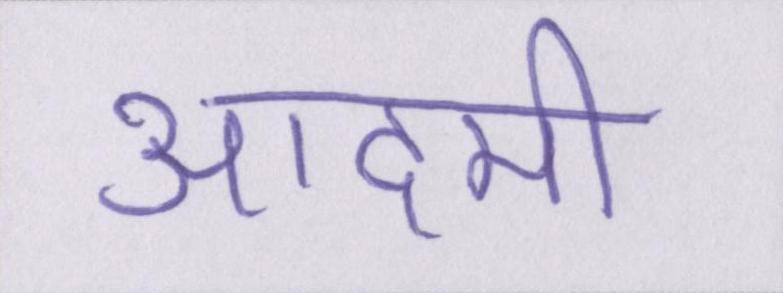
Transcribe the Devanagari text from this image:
आदमी